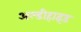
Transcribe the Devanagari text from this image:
अल्डीहाइड